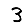
Digit: 3